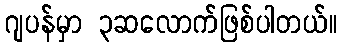
ဂျပန်မှာ ၃ဆလောက်ဖြစ်ပါတယ်။